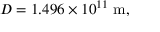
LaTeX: D = 1 . 4 9 6 \times 1 0 ^ { 1 1 } \ \mathrm { m } ,